Report of the King Institute of Preventive Medicine, Guindy
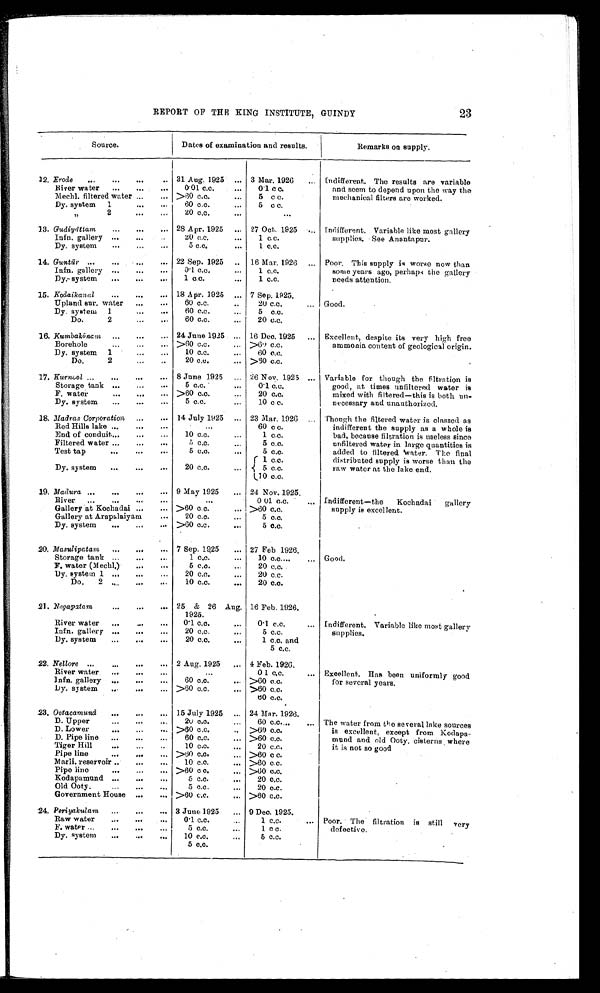
23
REPORT OF THE KING INSTITUTE, GUINDY
Source.
Dates of examination and results.
Remarks on supply.
1 2 .
E r o d e . . . 31 Aug. 1925 . . . 3 Mar. 1926 . . .
Indifferent. The results are variable
and seem to depend upon the way the
mechanical filters are worked.
River water . . .
0.01 c.c. . . .
0.1 c.c.
Mechl. filtered water . . . >60 c.c. . . .
5 c . c .
Dy . system 1 . . .
60 c.c. . . .
5 c.c.
" 2 . . .
20 c.c. . . .
. . .
13. Gudiyāttam . . . 28 Apr. 1925 . . . 27 Oct. 1925 . . .
Indifferent. Variable like most gallery
supplies. See Anantapur.
Infn. gallery . . .
20 c.c. . . .
1 c . c .
Dy. system . . .
5 c.c. . . .
1 c.c.
14. Guntū r . . . 22 Sep. 1925 . . .
16 Mar. 1926 . . . Poor. This supply is worse now than
some years ago, perhaps the gallery
needs attention.
Infn. gallery . . .
0.1 c.c, . . .
1 c.c.
Dy. system . . .
1 c.c. . . .
1 c.c.
15. Kodaikanal . . . 18 Apr. 1925 . . . 7 Sep. 1925.
Good.
Upland sur. water . . .
60 c.c. . . .
20 c.c. . . .
Dy. system 1 . . .
60 c.c. . . .
5 c . c .
Do. 2 . . .
60 c.c. . . .
20 c.c.
16. Kumbakōnam
. . . 24 June 1925 . . . 16 Dec. 1925 . . . Excellent, despite its very high free
ammonia content of geological origin.
Borehole . . . >60 c.c. . . . > 6 0 c . c .
Dy. system 1 . . .
10 c.c. . . .
60 c.c.
Do. 2 . . .
20 c.c. . . . >60 c.c.
17. Kurniol . . . 8 June 1925 . . . 26 Nov. 1925 . . . Variable for though the filtration is
good, at times unfiltered water is
mixed with filtered—this is both un
-
necessary and unauthorized.
Storage . tank . . .
5 c.c. . . .
0.1 c.c.
F. water . . . >60 c.c. . . .
20 c.c.
Dy. system . . .
5 c.c. . . .
10 c.c.
18. Madras Corporation . . . 14 July 1925 . . . 23 Mar. 1926 . . . Though the filtered water is classed as
indifferent the supply as a whole is
bad, because filtration is useless since
unfiltered water in large quantities is
added to filtered water. The final
distributed supply is worse than the
raw water at the lake end.
Red Hills lake . . .
. . .
60 c.c.
End of conduit . . .
10 c.c. . . .
1 c.c.
Filtered water . . .
5 c.c. . . .
5 c.c.
Test tap . . .
5 c.c. . . .
5 c.c.
Dy. system . . .
20 c.c. . . .
1 c . c .
5 c.c.
10 c.c.
19. Madura . . . 9 May 1925 . . . 24 Nov. 1925.
Indifferent—the Kochadai gallery
supply is excellent.
River . . .
. . .
0 01 c.c. . . .
Gallery at Kochadai . . . >60 c.c. . . . >60 c.c.
Gallery at Arapalaiyam . . .
20 c.c. . . .
5 c.c.
Dy. syst em . . . >6O C.C. . . .
5 c.c.
20. Masulipatam . . . 7 Sep. 1925 . . . 27 Feb 1926.
Good.
Storage tank . . .
1 c.c. . . .
10c.c. . . .
F. water (Mechl.) . . .
5 c . c . . . .
2 0 c . c .
Dy. system 1 . . .
20 c.c. . . .
20 c.c.
Do. 2 . . .
10 c.c. . . .
20 c.c.
21.
N e g a p a t a m . . . 25 & 26 Aug.
1925.
16 Feb. 1926.
Indifferent. Variable like most gallery
supplies.
River water . . .
0.1 c.c. . . .
0.1 c.c. . . .
Infn. gallery . . .
2 0 c . c . . . .
5 c.c.
Dy. system . . .
20 c.c. . . .
1 c.c. and
5 c.c.
22. Nellore . . . 2 Aug. 1925 . . . 4 Feb. 1926.
Excellent. Has been uniformly good
for several years.
River water . . .
. . .
0 1 c.c.
]nfn. gallery. . .
60 c.c. . . . >60 c.c.
Dy. system . . . >60 c.c. . . . >60 c.c.
60 c.c.
23. Ootacamund . . . 15 July 1925 . . . 24 Mar. 1926.
The water from the several lake sources
is excellent, except from Kodapa -
mund and old Ooty. cisterns where
it is not so good
D. Upper . . .
20 c.c. . . .
60 c.c. . . .
D. Lower . . . >60 c.c. . . . >60 c.c.
D. Pipe line . . .
60 c.c. . . . >60 c.c.
Tiger Hill . . .
10 c.c. . . .
2 0 c . c .
Pipe line . . . >60 c.c. . . . >60 c.c.
Marli. reservoir . . .
10 c.c. . . . >60 c.c.
Pipe line . . . >60 c.c. . . . >60 c.c.
Kodapamund . . .
5 c.c. . . .
20 c.c.
Old Ooty. . . .
5 c.c. . . .
20 c.c.
Government House . . . >60 c.c. . . . >60 c.c.
24. Peri yakulam . . . 3 June
1925 . . . 9 Dec. 1925.
Poor. The filtration is still very
defective.
Raw water . . .
0.1 c.c. . . .
1 c.c. . . .
F. water . . .
5 c.c. . . .
1 c.c.
Dy. system . . .
10 c.c. . . .
5 c.c.
5 c.c.